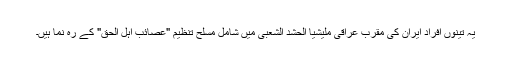
یہ تینوں افراد ایران کی مقرب عراقی ملیشیا الحشد الشعبی میں شامل مسلح تنظیم "عصائب اہل الحق" کے رہ نما ہیں۔